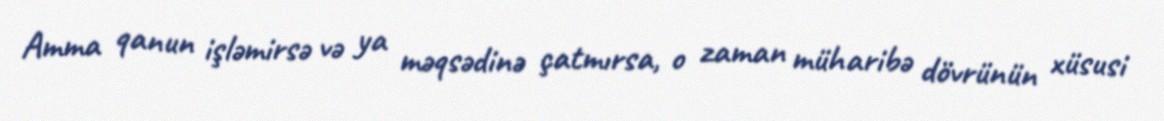
Amma qanun işləmirsə və ya məqsədinə çatmırsa, o zaman müharibə dövrünün xüsusi